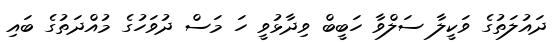
ދައުލަތުގެ ވަކީލާ ސަލްވާ ހަބީބް ވިދާޅުވީ ހަ މަސް ދުވަހުގެ މުއްދަތުގެ ބައި